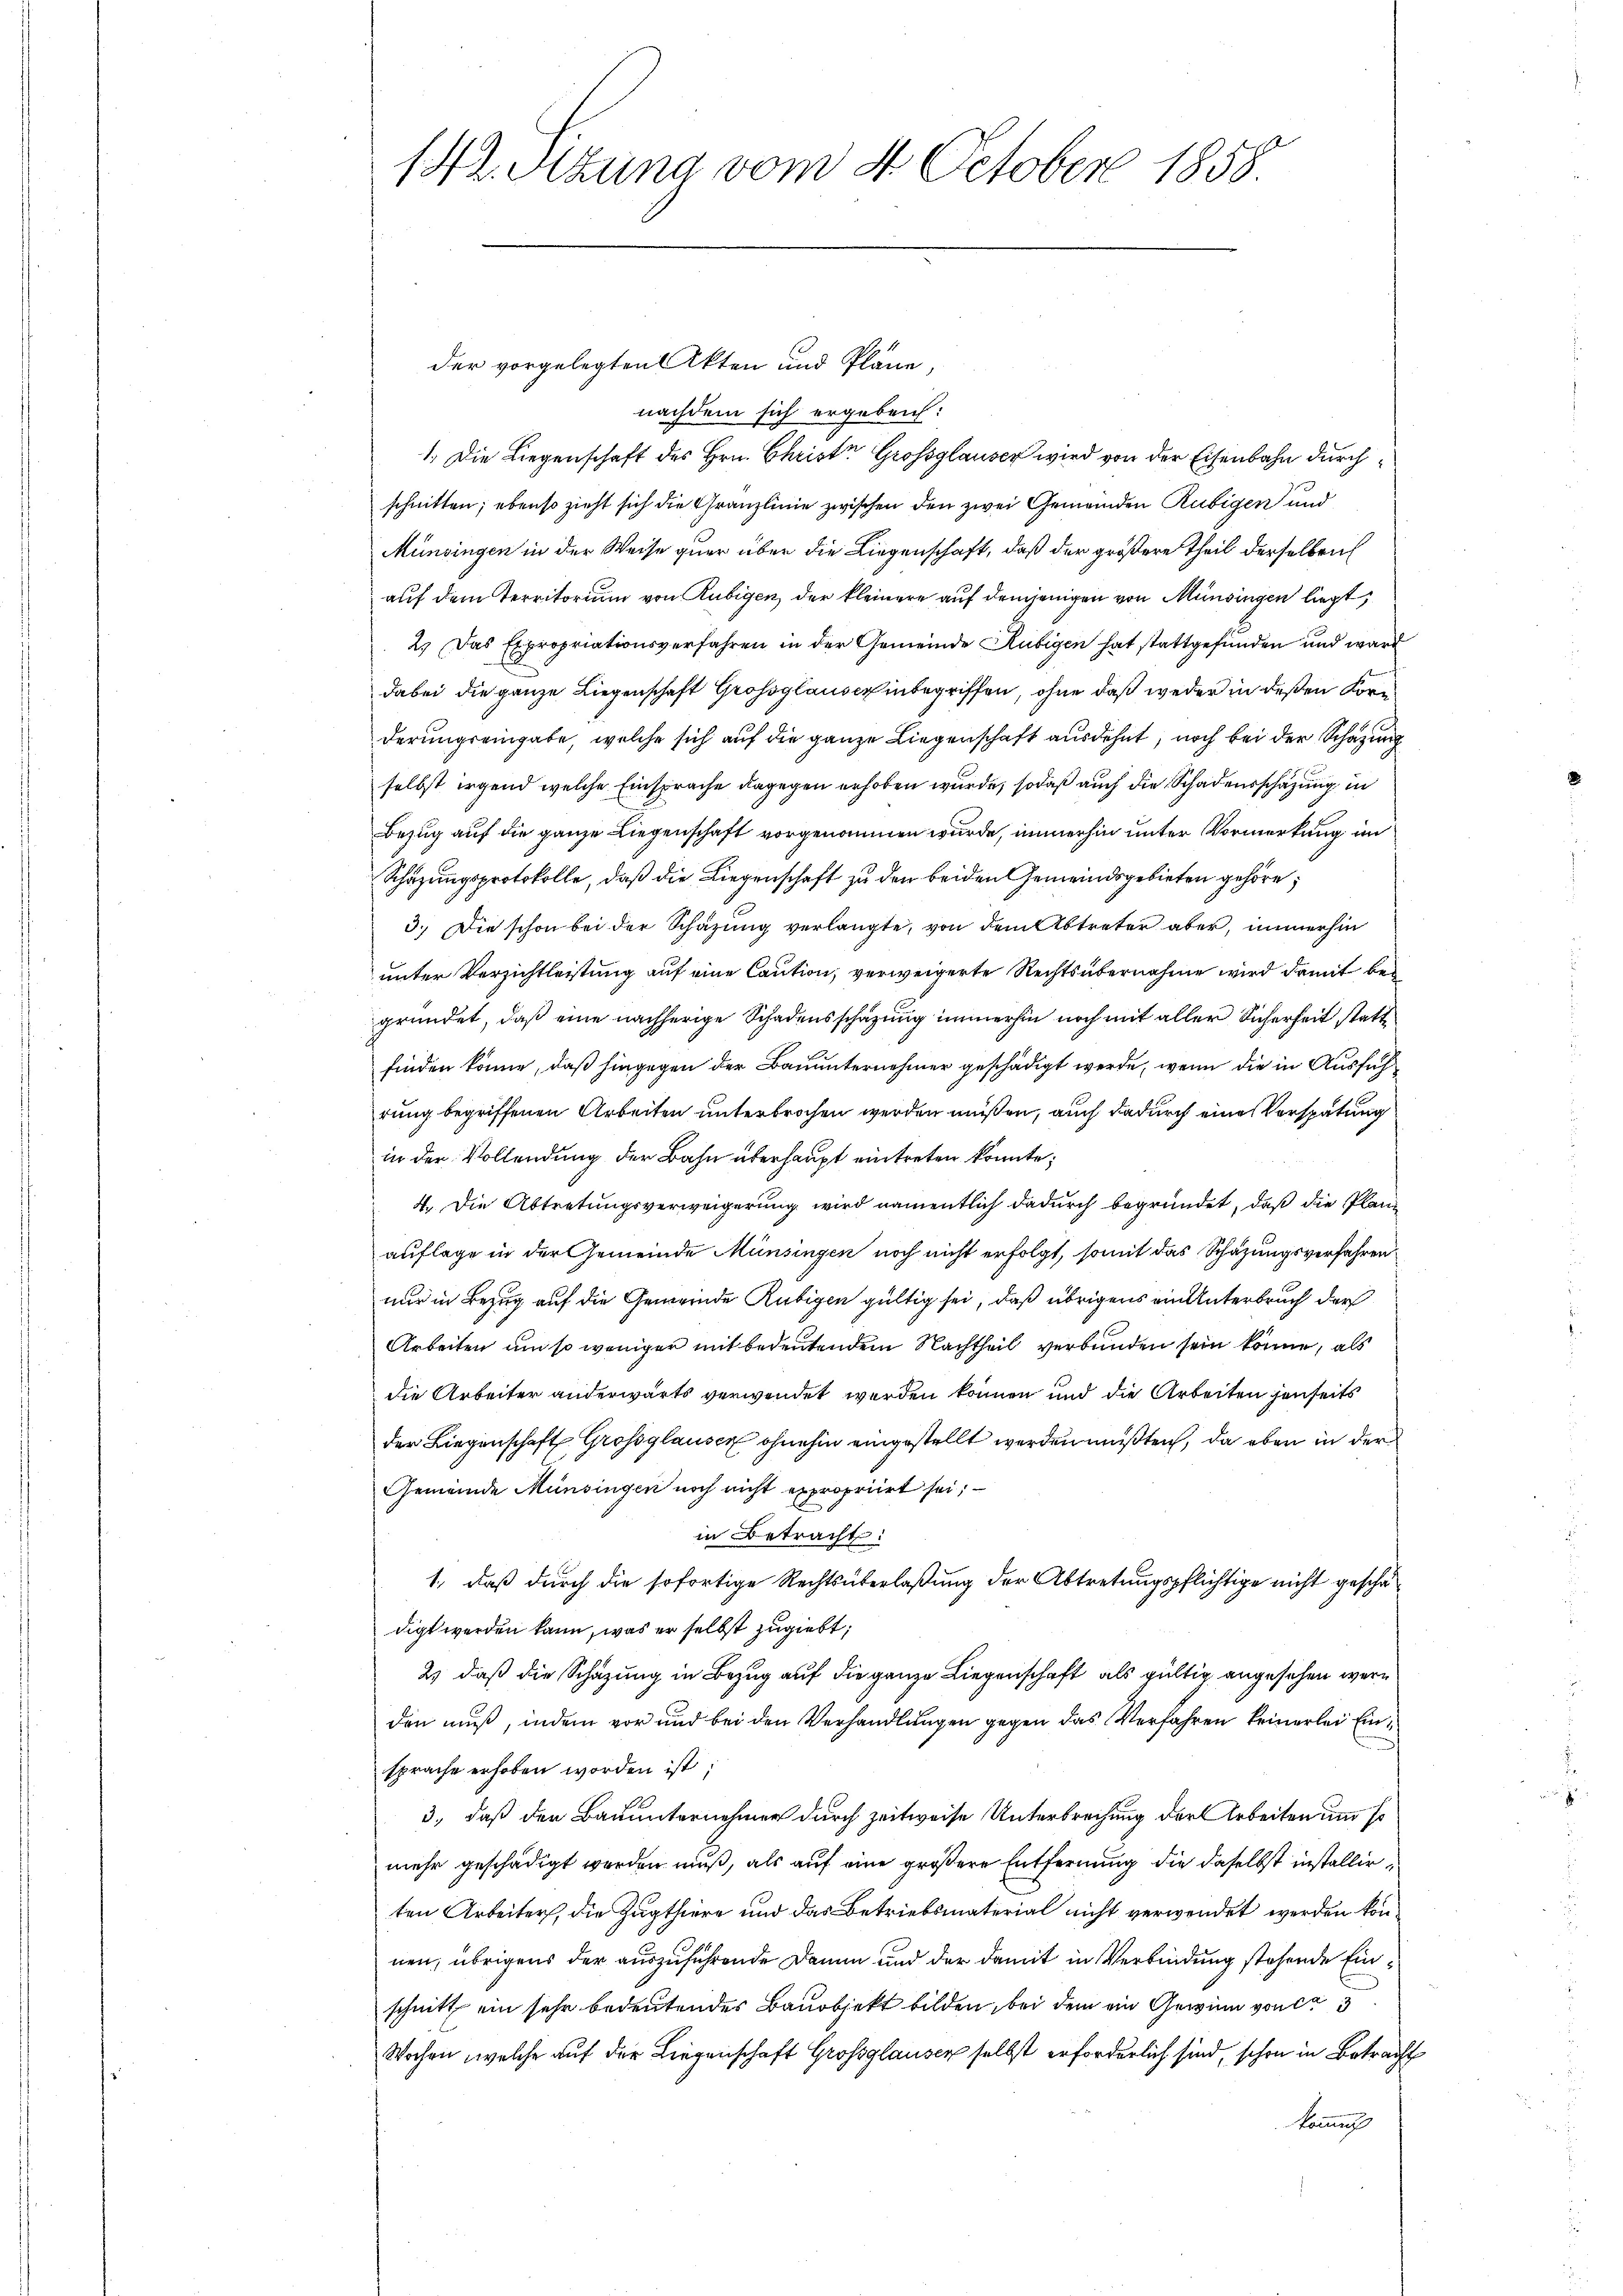
nachdem sich ergeben:
1. Die Liegenschaft des Hrn. Christe Grossglauser wird von der Eisenbahn durchschnitten; ebenso zieht sich die Granzlinie zwischen den zwei Gemeinden Rubigen und
Münsingen in der Weise quer über die Liegenschaft, daß der größere Theil derselben
auf dem Territorium von Rubigen, der kleinere auf demjenigen von Münsingen liegt,
2.) Das Expropriationsverfahren in der Gemeinde Rubigen hat stattgefunden und ward
dabei die ganze Liegenschaft Grossglauserinbegriffen, ohne daß weder in deßen Korn
derungseingabe, welche sich auf die ganze Liegenschaft ausdehnt, noch bei der Schazung
selbst irgend welche Einsprache dagegen erhoben wurde, sodaß auch die Schadensschazung in
Bezug auf die ganze Liegenschaft vorgenommen wurde, immerhin unter Vormerkung im
Schazungsprotokolle, daß die Liegenschaft zu den beiden Gemeindsgebieten gehöre;
3.) Die schon bei der Schazung verlangte, von dem Abtreter aber, immerhin
unter Verzichtleistung auf eine Caution, verweigerte Rechtsübernahme wird damit begründet, daß eine nachherige Schadensschätzung immerhin noch mit aller Sicherheit stattfinden könne, daß hingegen der Bauunternehmer geschädigt werde, wenn die in Ausführung begriffenen Arbeiten unterbrochen werden müßen, auch dadurch eine Verspätung
in der Vollendung der Bahn überhaupt eintreten konnte;
4. Die Abtretungsverweigerung wird namentlich dadurch begründet, daß die Plane
auflage in der Gemeinde Münsingen noch nicht erfolgt, somit das Schazungsverfahrennur in Bezug auf die Gemeinde Rubigen gültig sei, daß übrigens ein Unterbruch der
Arbeiten um so weniger mit bedeutendem Nachtheil verbunden sein könne, als
die Arbeiter anderwärts verwendet werden können und die Arbeiten jenseits
der Liegenschaft Grossglauser ohnehin eingestellt werden müßten, da eben in der
Gemeinde Münsingen noch nicht expropriirt sei; —
in Betracht:
1., daß durch die sofortige Rechtsüberlaßung der Abtretungspflichtige nicht geschädigt werden kann, was er selbst zugiebt;
2) daß die Schazung in Bezug auf die ganze Liegenschaft als gültig angesehen werden muß, indem vor und bei den Verhandlungen gegen das Verfahren keinerlei Einsprache erhoben worden ist;
3., daß den Bauunternehmer durch zeitweise Unterbrechung der Arbeiten und so
mehr geschädigt werden muß, als auf eine größere Entfernung die daselbst installirten Arbeiter, die Zugthiere und das Betriebsmaterial nicht verwendet werden können, übrigens der auszuführende Damen und der damit in Verbindung stehende Einschnitt ein sehr bedeutendes Bauobjekt bilden, bei dem ein Gewinn von ca 3
Wochen, welche auf der Liegenschaft Grossglausen selbst erforderlich sind, schon in Betracht
kommis

142. Sitzung vom 4. October 1858

der vorgelegten Akten und Pläne,